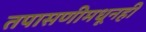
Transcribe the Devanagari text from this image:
तपासणीमधूनही